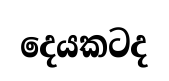
දෙයකටද